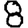
Digit: 8